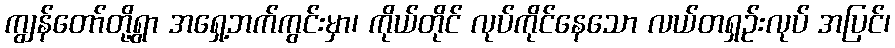
ကျွန်တော်တို့ရွာ အရှေ့ဘက်ကွင်းမှာ၊ ကိုယ်တိုင် လုပ်ကိုင်နေသော လယ်တရှဉ်းလုပ် အပြင်၊